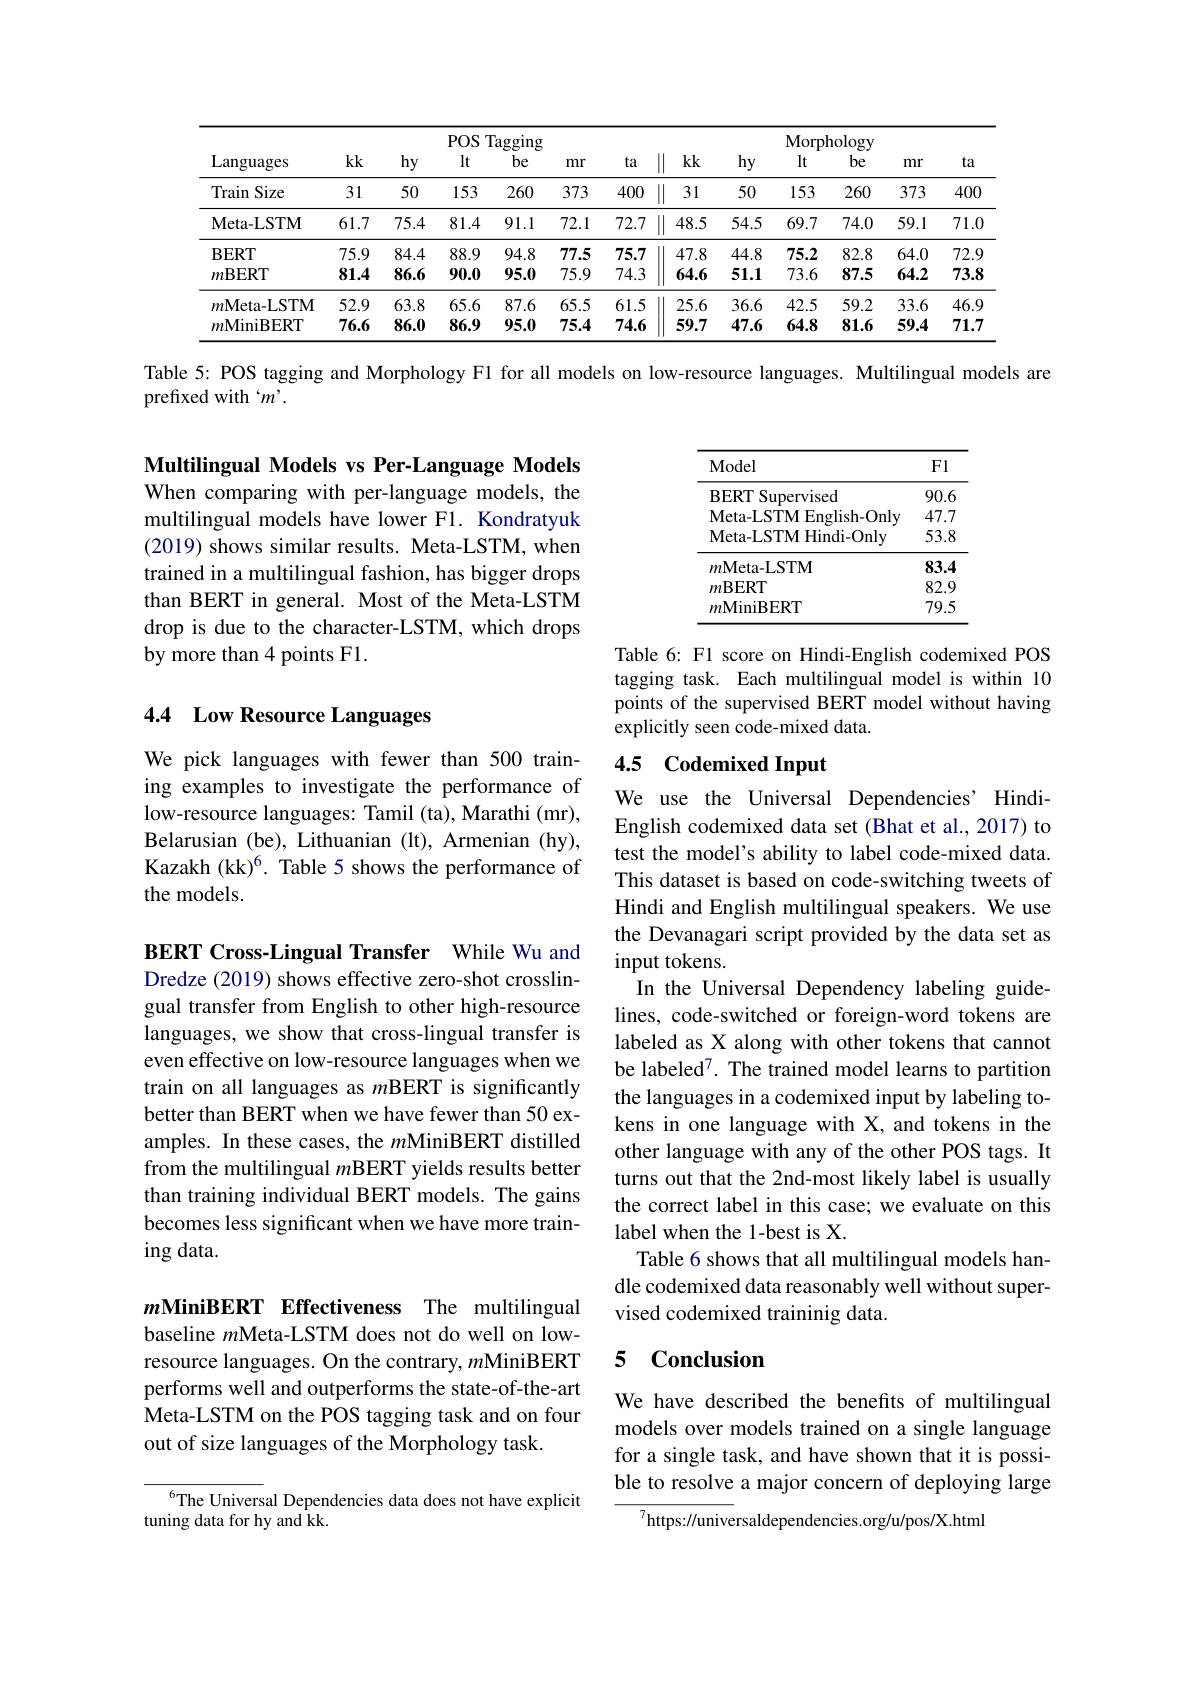
<table>
	<tbody>
		<tr>
			<th rowspan="2">Languages</th>
			<th colspan="6">POS Tagging</th>
			<th colspan="6">Morphology</th>
		</tr>
		<tr>
			<th>$kk$</th>
			<th>hy</th>
			<th>lt</th>
			<th>be</th>
			<th>mr</th>
			<th>ta</th>
			<th>$\|$ $kk$</th>
			<th>hy</th>
			<th>$lt$</th>
			<th>be</th>
			<th>mr</th>
			<th>ta</th>
		</tr>
		<tr>
			<td>Train Size 1</td>
			<td>31</td>
			<td>50</td>
			<td>153</td>
			<td>260</td>
			<td>373</td>
			<td>400</td>
			<td>$\|$ 31</td>
			<td>50</td>
			<td>153</td>
			<td>260</td>
			<td>373</td>
			<td>400</td>
		</tr>
		<tr>
			<td>Meta- LSTM</td>
			<td>61.7</td>
			<td>75.4</td>
			<td>81.4</td>
			<td>91.1</td>
			<td>72.1</td>
			<td>72.7</td>
			<td>$\|$ 48.5</td>
			<td>54.5</td>
			<td>69.7</td>
			<td>74.0</td>
			<td>59.1</td>
			<td>71.0</td>
		</tr>
		<tr>
			<td>$\mathbf{BERT}$</td>
			<td>75.9</td>
			<td>84.4</td>
			<td>88.9</td>
			<td>94.8</td>
			<td>77.5</td>
			<td>75.7</td>
			<td>47.8</td>
			<td>44.8</td>
			<td>75.2</td>
			<td>82.8</td>
			<td>64.0</td>
			<td>72.9</td>
		</tr>
		<tr>
			<td>$m$BERT</td>
			<td>81.4</td>
			<td>86.6</td>
			<td>90.0</td>
			<td>95.0</td>
			<td>75.9</td>
			<td>74.3</td>
			<td>64.6</td>
			<td>51.1</td>
			<td>73.6</td>
			<td>87.5</td>
			<td>64.2</td>
			<td>73.8</td>
		</tr>
		<tr>
			<td>$m$Meta-LSTM</td>
			<td>52.9</td>
			<td>63.8</td>
			<td>65.6</td>
			<td>87.6</td>
			<td>65.5</td>
			<td>61.5</td>
			<td>25.6 11</td>
			<td>36.6</td>
			<td>42.5</td>
			<td>59.2</td>
			<td>33.6</td>
			<td>46.9</td>
		</tr>
		<tr>
			<td>$m$MiniBERT</td>
			<td>76.6</td>
			<td>86.0</td>
			<td>86.9</td>
			<td>95.0</td>
			<td>75.4</td>
			<td>74.6</td>
			<td>59.7</td>
			<td>47.6</td>
			<td>64.8</td>
			<td>81.6</td>
			<td>59.4</td>
			<td>71.7</td>
		</tr>
	</tbody>
</table>

Table 5: POS tagging and Morphology Fl for all models on low-resource languages. Multilingual models are
prefixed with $m^{\prime}.$

<table>
	<tbody>
		<tr>
			<th>Model</th>
			<th>F1</th>
		</tr>
		<tr>
			<td>BERT Supervised</td>
			<td>90.6</td>
		</tr>
		<tr>
			<td>Meta- LSTMEnglish- Only</td>
			<td>47.7</td>
		</tr>
		<tr>
			<td>Meta- LSTM Hindi- Only</td>
			<td>53.8</td>
		</tr>
		<tr>
			<td>$m$Meta-LSTM</td>
			<td>83.4</td>
		</tr>
		<tr>
			<td>$m\mathbf{BERT}$</td>
			<td>82.9</td>
		</tr>
		<tr>
			<td>$m$MiniBERT</td>
			<td>79.5</td>
		</tr>
	</tbody>
</table>

Multilingual Models vs Per-Language Models When comparing with per-language models, the multilingual models have lower F1. Kondratyuk (2019) shows similar results. Meta-LSTM, when trained in a multilingual fashion, has bigger drops than BERT in general. Most of the Meta-LSTM drop is due to the character-LSTM, which drops by more than 4 points F1.

Table 6: F1 score on Hindi-English codemixed POS tagging task. Each multilingual model is within 10 points of the supervised BERT model without having explicitly seen code-mixed data.

## 4.4 Low Resource Languages

## 4.5 Codemixed Input

We pick languages with fewer than 500 training examples to investigate the performance of low-resource languages: Tamil (ta), Marathi (mr), Belarusian (be), Lithuanian (lt), Armenian (hy), Kazakh (kk)$^6.$ Table 5 shows the performance of the models.

We use the Universal Dependencies’ HindiEnglish codemixed data set (Bhat et al., 2017) to test the model's ability to label code-mixed data. This dataset is based on code-switching tweets of Hindi and English multilingual speakers. We use the Devanagari script provided by the data set as input tokens.
In the Universal Dependency labeling guidelines, code-switched or foreign-word tokens are labeled as X along with other tokens that cannot be labeled$^{7}.$ The trained model learns to partition the languages in a codemixed input by labeling tokens in one language with X, and tokens in the other language with any of the other POS tags. It turns out that the 2nd-most likely label is usually the correct label in this case; we evaluate on this label when the 1-best is X.
Table 6 shows that all multilingual models handle codemixed data reasonably well without supervised codemixed traininig data.

BERT Cross-Lingual Transfer While Wu and Dredze (2019) shows effective zero-shot crosslingual transfer from English to other high-resource languages, we show that cross-lingual transfer is even effective on low-resource languages when we train on all languages as $m$BERT is significantly better than BERT when we have fewer than 50 examples. In these cases, the $m$MiniBERT distilled from the multilingual $m$BERT yields results better than training individual BERT models. The gains becomes less significant when we have more training data.

$m$MiniBERT Effectiveness The multilingual

### 5 Conclusion

baseline $m$Meta-LSTM does not do well on lowresource languages. On the contrary, $m$MiniBERT performs well and outperforms the state-of-the-art Meta-LSTM on the POS tagging task and on four out of size languages of the Morphology task.

We have described the benefits of multilingual models over models trained on a single language for a single task, and have shown that it is possible to resolve a major concern of deploying large

$^{6}$The Universal Dependencies data does not have explicit
tuning data for hy and kk.

$^{7}$https://universaldependencies.org/u/pos/X.html